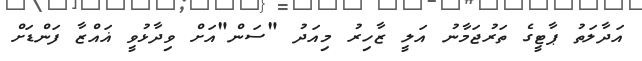
އަދާލަތު ޕާޓީގެ ތަރުޖަމާނު އަލީ ޒާހިރު މިއަދު "ސަން"އަށް ވިދާޅުވީ ޣައްޒާ ފަންޑަށް